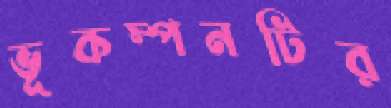
ভূকম্পনটির